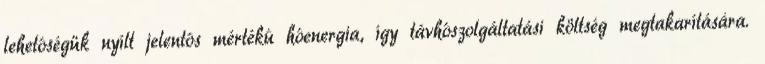
lehetôségük nyílt jelentôs mértékû hôenergia, így távhôszolgáltatási költség megtakarítására.